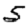
Digit: 5